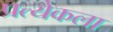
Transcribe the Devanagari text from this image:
प्रत्येकला